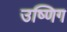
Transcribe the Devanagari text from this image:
उष्णिग